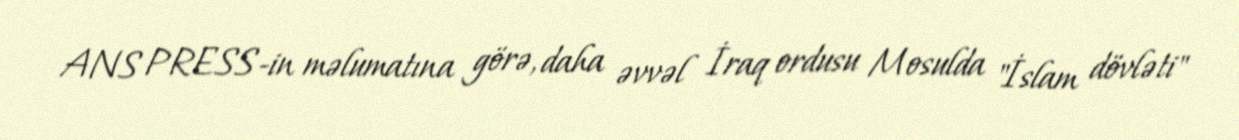
ANS PRESS-in məlumatına görə, daha əvvəl İraq ordusu Mosulda "İslam dövləti"